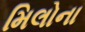
મિલોના